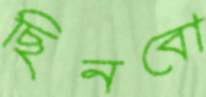
ছিনবো